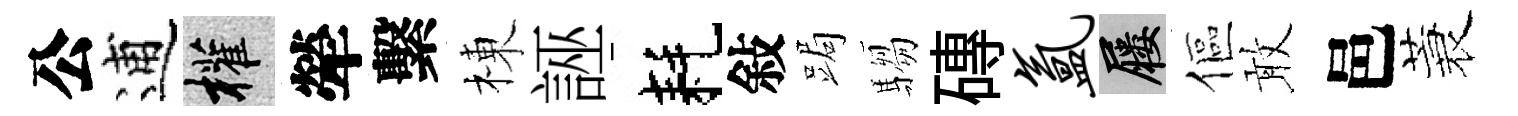
公逋權犖繫棟誣耗敍跼騶磚氲屨傴敢邑蓑